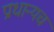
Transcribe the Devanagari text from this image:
प्राधान्यच